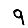
Digit: 9